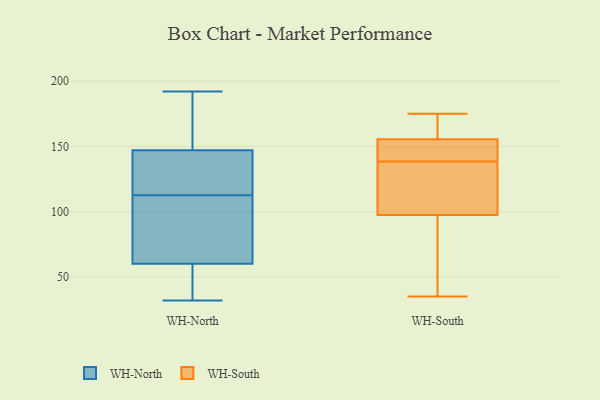
{"axis": {"x": "Active Users", "y": "Value"}, "legend": ["WH-North", "WH-South"], "data": [{"x": "", "y": 147, "type": "WH-North"}, {"x": "", "y": 32, "type": "WH-North"}, {"x": "", "y": 52, "type": "WH-North"}, {"x": "", "y": 74, "type": "WH-North"}, {"x": "", "y": 60, "type": "WH-North"}, {"x": "", "y": 176, "type": "WH-North"}, {"x": "", "y": 192, "type": "WH-North"}, {"x": "", "y": 118, "type": "WH-North"}, {"x": "", "y": 107, "type": "WH-North"}, {"x": "", "y": 124, "type": "WH-North"}, {"x": "", "y": 141, "type": "WH-South"}, {"x": "", "y": 162, "type": "WH-South"}, {"x": "", "y": 136, "type": "WH-South"}, {"x": "", "y": 149, "type": "WH-South"}, {"x": "", "y": 47, "type": "WH-South"}, {"x": "", "y": 127, "type": "WH-South"}, {"x": "", "y": 68, "type": "WH-South"}, {"x": "", "y": 131, "type": "WH-South"}, {"x": "", "y": 175, "type": "WH-South"}, {"x": "", "y": 35, "type": "WH-South"}, {"x": "", "y": 149, "type": "WH-South"}, {"x": "", "y": 174, "type": "WH-South"}]}